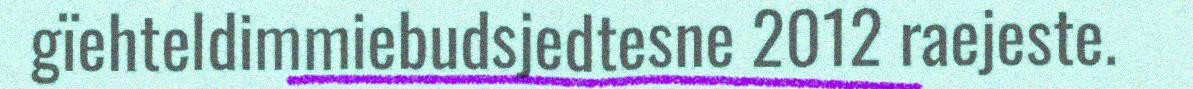
gïehteldimmiebudsjedtesne 2012 raejeste.